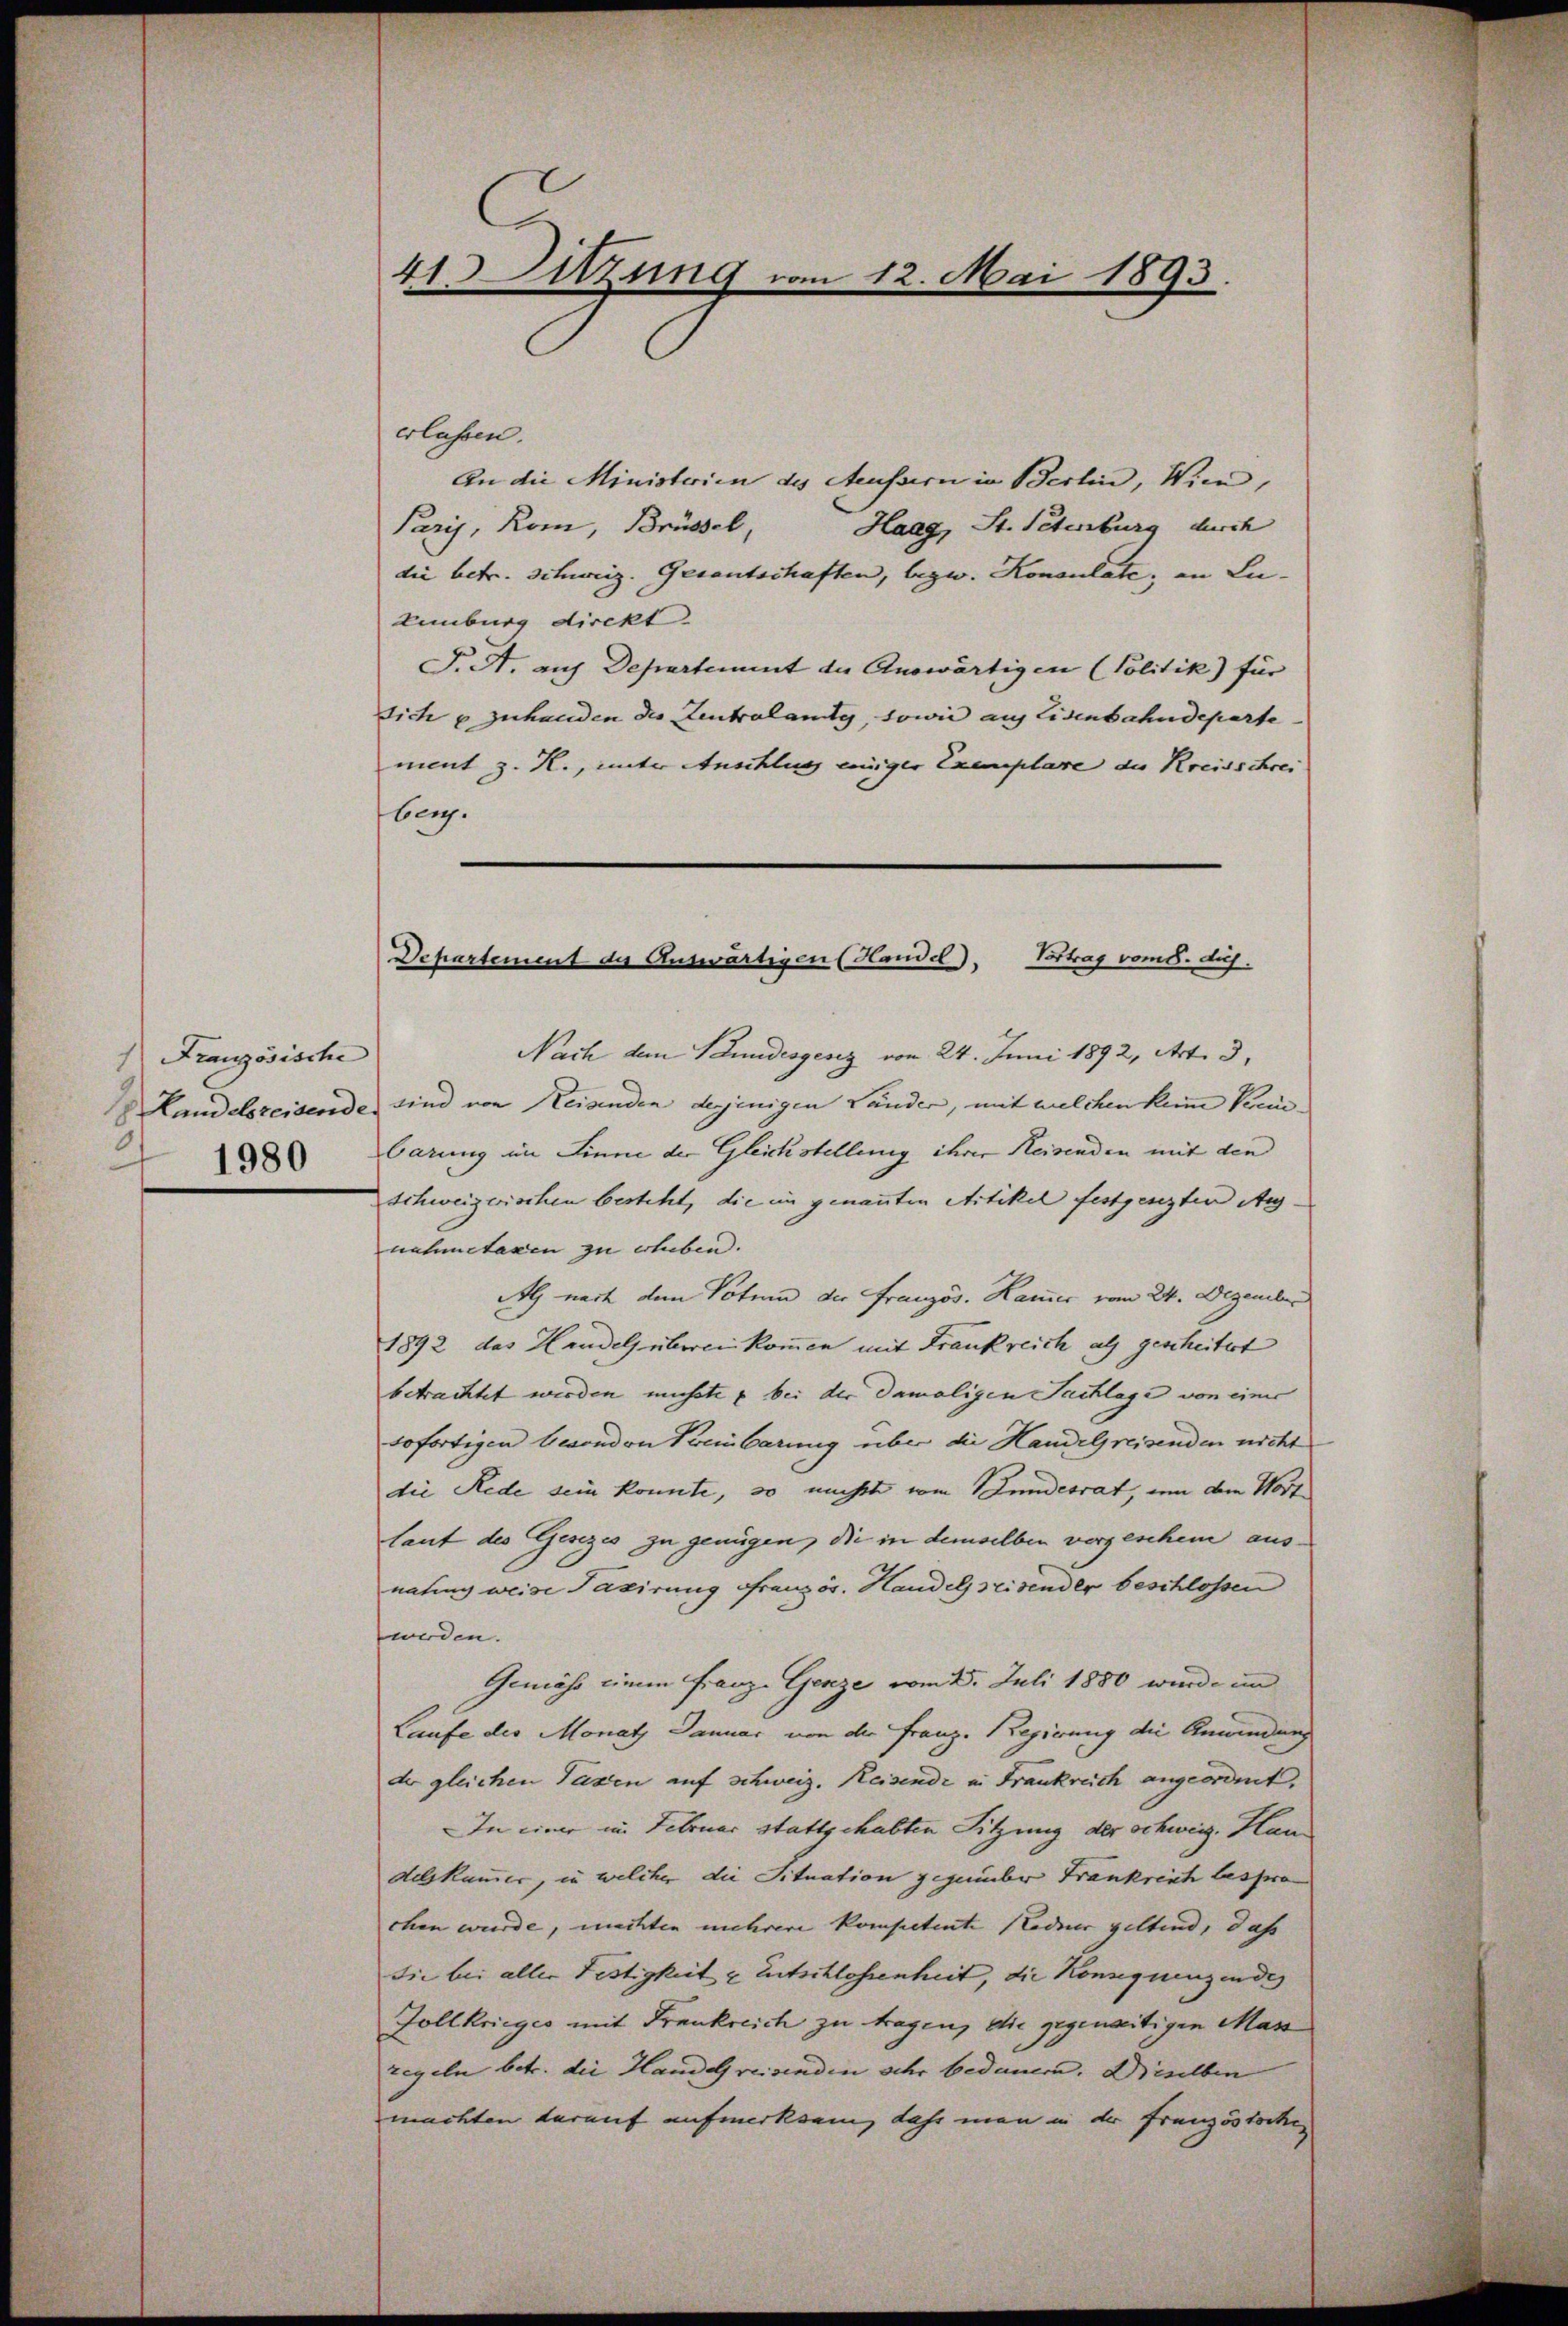
Französische
1980

41. Sitzung vom 12. Mai 1893.

erlassen.
An die Ministerien des Aeussern in Berlin, Wien,
Paris, Rom, Brüssel, Haag, St. Petenburg durch
die betr. Schweiz. Gesantschaften, bezw. Konsulate, an Lu- |
Einburg direkt.
T. A. auf Departement der Auswärtigen (Politik) für
dich u zuhanden der Zentralante, sowie auf Eisenbahndeparte
ment z. R., unter Anschlug einiger Exemplare die Kreisschrei
berg.
Nach den Stundesgesez vom 24. Juni 1892, Art. 3,
Landelsreisende sind von Reisenden desjenigen Länder, mit welchen kein Kennbarung im Sinne der Gleichstellung ihrer Reisenden mit den
schweizerischen besteht, die im genannten Artikel festgesezten Aug
nahmetaxen zu erleben.
Als nach dem Votum der Französ. Kamer vom 24. Dezember
1892 das Handelsüberei kommen mit Frankreich als gescheitert
betrachtet werden müsste u bei der damaligen Sachlage von einer
sofortigen besonden Preinbarung über die Handelpreisenden nicht
die Rede sein konnte, so nicht vom Bundesrat, um dem Wort
laut des Gesezes zu genügen, die in demselben vorgeschein ausnahung weise Taxirung Französ. Handelseitender beschlossen
weden.
Gemäss einem Franz-Genze vom 2. Juli 1880 wurde im
Laufe des Monath Januar von der Franz. Regierung die Anwendung
der gleichen Taxen auf Schweiz. Reisende in Frankreich angeordnet.
In einer im Februar stattgehabten Sitzung der Schweiz. Han
Aelkammer, in welcher die Situation gegenüber Frankreich bespro
chen wurde, mechten mehrere kompetente Redner geltend, daß
Sie bei aller Festigkeit & Entschlossenheit, die Konsequenzendes
Zollkriegio mit Frankreich zu tragen, die gegenseitigen Mass
regeln betr. die Handel reisenden sehr bedauern. Dieselben
machten darauf aufmerksam, dass man in der Französtoche

Vortrag vom 8. dus.
Departement der Auswärtigen (Handel).